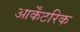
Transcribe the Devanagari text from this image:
आर्केंटरिक